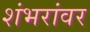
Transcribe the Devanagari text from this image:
शंभरांवर